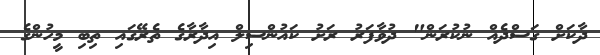
ދާކަށް ގަސްދެއް ނުކުރަން" ދުވާފަރު ރަށު ކައުންސިލް އިދާރާގެ ތެރޭގައި ތިބި މީހުންގެ